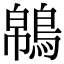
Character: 𪁼